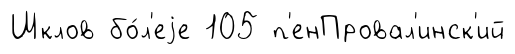
Шклов бо́л'еjе 105 п'енПровал'инск'ий